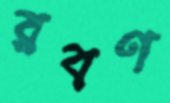
রবণ